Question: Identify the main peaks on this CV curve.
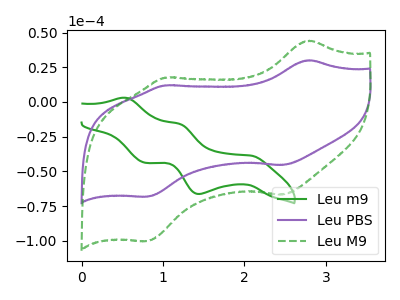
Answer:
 <answer>The green curve "Leu m9" has anodic peaks at (0.55V, 3.05uA) (1.20V, -15.80uA) and cathodic peaks at (2.10V, -38.65uA) (1.45V, -66.35uA) (0.80V, -43.85uA). The purple curve "Leu PBS" has anodic peaks at (2.80V, 30.05uA) (1.00V, 12.00uA) and cathodic peaks at (2.45V, -45.45uA) (0.80V, -68.25uA). The green dashed curve "Leu M9" has anodic peaks at (2.80V, 44.15uA) (1.00V, 17.60uA) and cathodic peaks at (2.45V, -66.80uA) (0.80V, -100.30uA).</answer>
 <eval></eval>